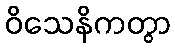
ဝိသေနိကတွာ